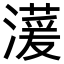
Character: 𪷠